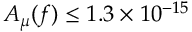
A _ { \mu } ( f ) \le 1 . 3 \times 1 0 ^ { - 1 5 }